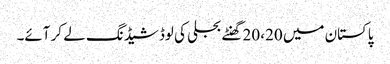
پاکستان میں 20، 20 گھنٹے بجلی کی لوڈشیڈنگ لے کر آئے۔